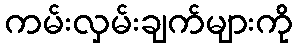
ကမ်းလှမ်းချက်များကို